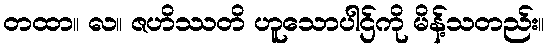
တထာ။ လ။ ဇဟိဿတိ ဟူသောပါဌ်ကို မိန့်သတည်း။